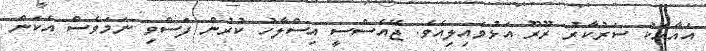
އެއާއެކު ސަރުކާރު ރޫރޫ އަޅުވައިލިއެވެ. ޖޭއެސްސީ އިސްލާހު ކުރުން ފަސްވި ނަމަވެސް އެކަން